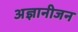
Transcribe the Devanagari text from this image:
अज्ञानीजन